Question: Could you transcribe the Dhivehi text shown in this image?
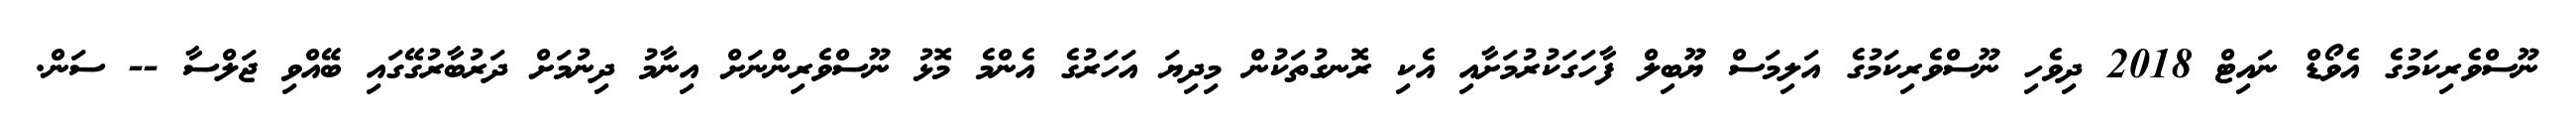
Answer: ނޫސްވެރިކަމުގެ އެވޯޑް ނައިޓް 2018 ދިވެހި ނޫސްވެރިކަމުގެ އަލިމަސް ޔޫބިލް ފާހަގަކުރުމަށާއި އެކި ރޮނގުތަކުން މިދިޔަ އަހަރުގެ އެންމެ މޮޅު ނޫސްވެރިންނަށް އިނާމު ދިނުމަށް ދަރުބާރުގޭގައި ބޭއްވި ޖަލްސާ -- ސަން.